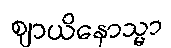
ဈာယိနောသ္မာ